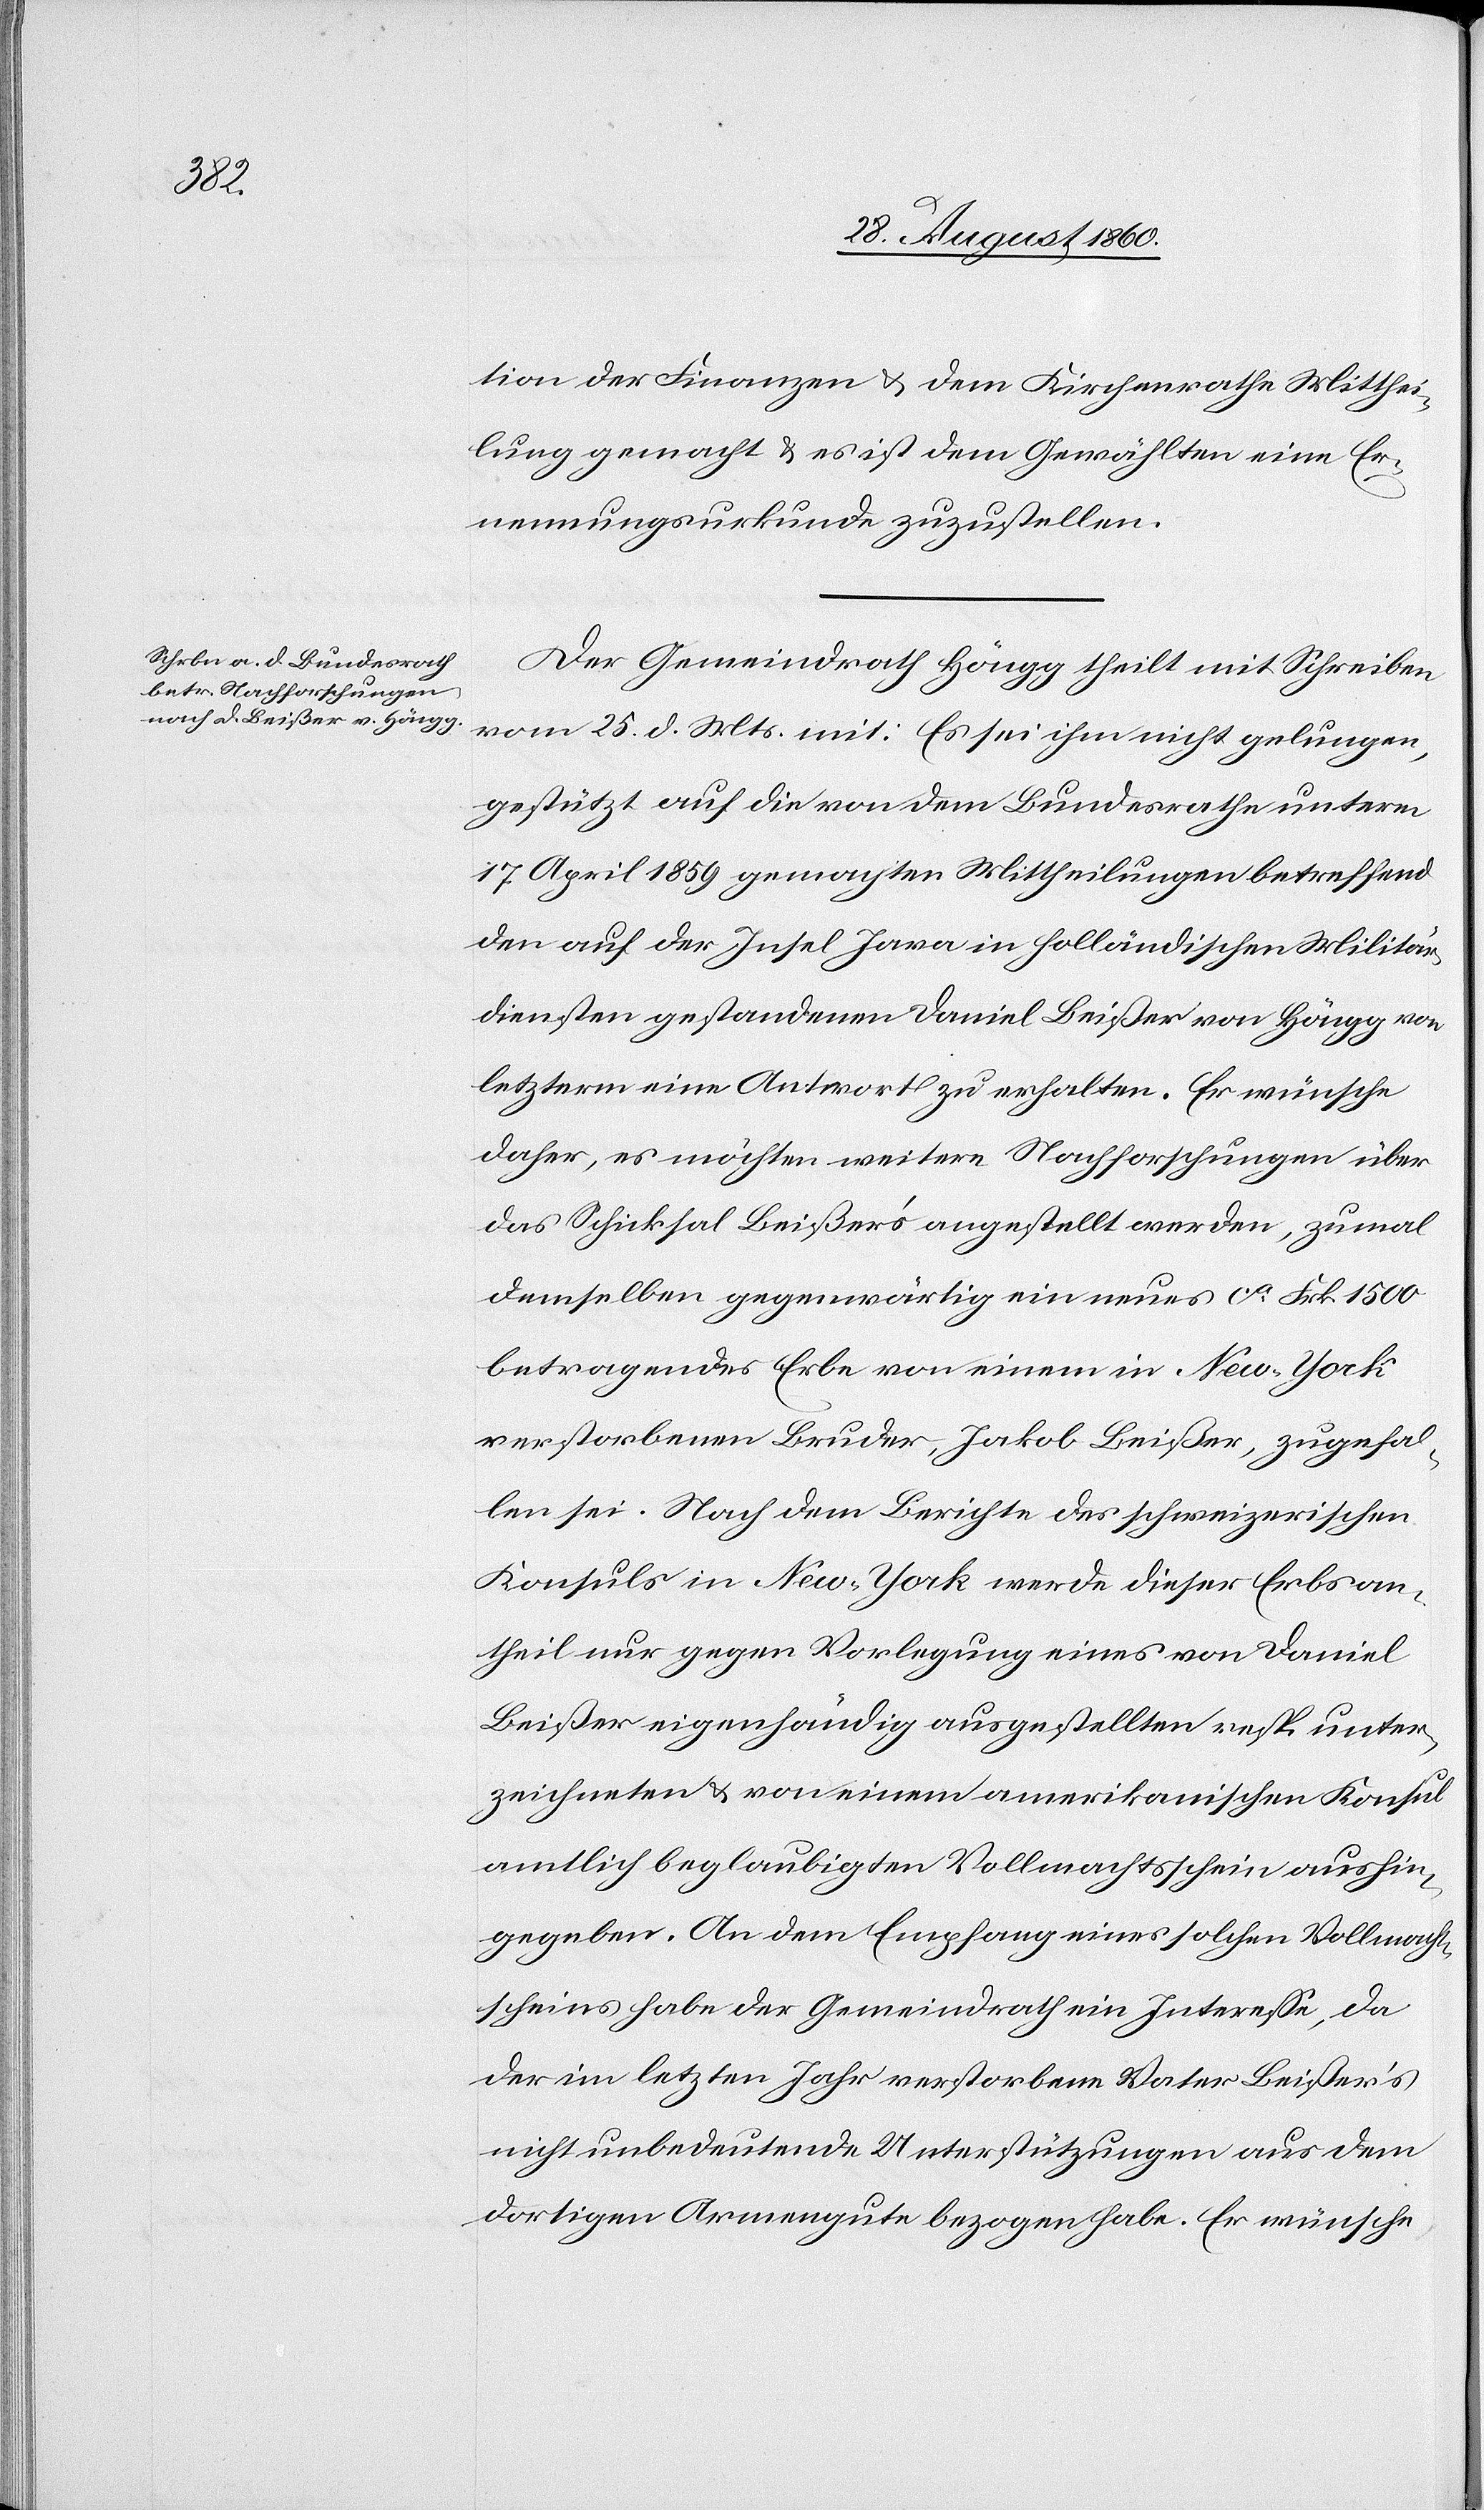
tion der Finanzen u. dem Kirchenrathe Mitthei¬
lung gemacht u. es ist dem Gewählten eine Er¬
neuerungsurkunde zuzustellen.
Der Gemeindrath Höngg theilt mit Schreiben
vom 25. d. Mts. mit: Es sei ihm nicht gelungen,
gestützt auf die von dem Bundesrathe unterm
17. April 1859 gemachten Mittheilungen betreffend
den auf der Insel Java in holländischen Militär¬
diensten gestandenen Daniel Beisser von Höngg von
letzterem eine Antwort zu erhalten. Er wünsche
daher, es möchten weitere Nachforschungen über
das Schicksal Beissers angestellt werden, zumal
denselben gegenwärtig ein neues ca fcs. 1500
betragendes Erbe von einem in New-York
verstorbenen Bruder, Jakob Beisser, zugefal¬
len sei. Nach dem Berichte des schweizerischen
Konsuls in New-York werde dieser Erbsan¬
theil nur gegen Vorlegung eines von Daniel
Beisser eigenhändig ausgestellten resp. unter¬
zeichneten u. von einem amerikanischen Konsul
amtlich beglaubigten Vollmachtsschein aushin¬
gegeben. An dem Empfang eines solchen Vollmacht¬
scheins habe der Gemeindrath ein Interesse, da
der im letzten Jahr verstorbene Vater Beissers
nicht unbedeutende Unterstützungen aus dem
dortigen Armengute bezogen habe. Er wünsche